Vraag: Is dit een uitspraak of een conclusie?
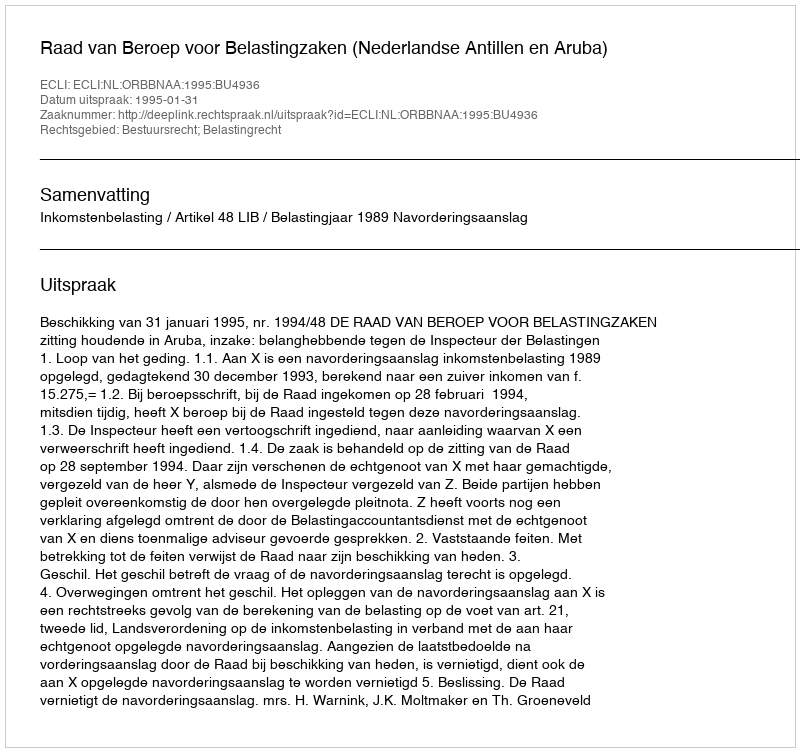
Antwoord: Uitspraak